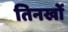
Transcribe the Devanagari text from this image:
तिनखों